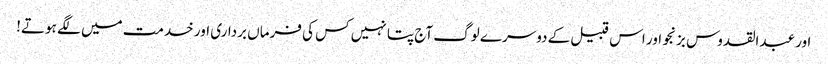
اور عبدالقدوس بزنجو اور اس قبیل کے دوسرے لوگ آج پتا نہیں کس کی فرماں برداری اور خدمت میں لگے ہوتے!